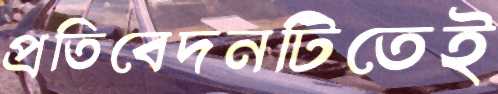
প্রতিবেদনটিতেই